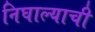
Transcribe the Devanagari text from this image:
निघाल्याची